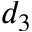
d _ { 3 }